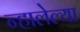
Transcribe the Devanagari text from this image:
न्हालेल्या